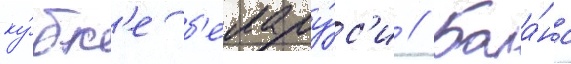
ку́бк'е б'елару́с'и // Бала́нс